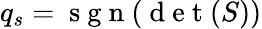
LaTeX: q_{s}=\mathrm{~s~g~n~}(\mathrm{~d~e~t~}(S))